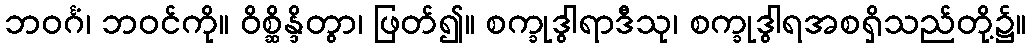
ဘဝင်္ဂံ၊ ဘဝင်ကို။ ဝိစ္ဆိန္ဒိတွာ၊ ဖြတ်၍။ စက္ခုဒွါရာဒီသု၊ စက္ခုဒွါရအစရှိသည်တို့၌။